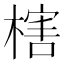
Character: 㮫